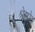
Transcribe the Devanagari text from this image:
श्रेष्ठो